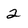
Character: 2